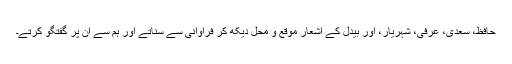
حافظ، سعدی، عرفی، شہریار، اور بیدل کے اشعار موقع و محل دیکھ کر فراوانی سے سناتے اور ہم سے ان پر گفتگو کرتے۔